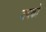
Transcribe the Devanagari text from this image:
जयको